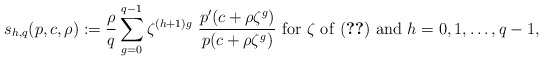
\begin{align*}s_{h,q}(p,c,\rho): =\frac{\rho}{q}\sum_{g=0}^{q-1}\zeta^{(h+1)g}~\frac{p'(c+\rho\zeta^g)}{p(c+\rho\zeta^g)}~{\rm for}~\zeta~{\rm of~(\ref{eqzt})~and}~h=0,1,\dots,q-1, \end{align*}